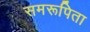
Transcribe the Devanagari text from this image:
समरूपिता